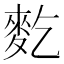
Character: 麧